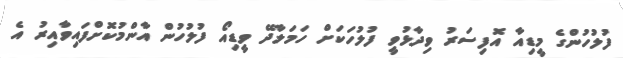
ފުލުހުންގެ މީޑިއާ އޮފިސަރު ވިދާޅުވީ ފުލުހަކަށް ހަމަލާދޭ ވީޑިއޯ ފުލުހުން އާންމުކޮށްފައިވާއިރު އެ